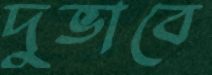
দুভাবে